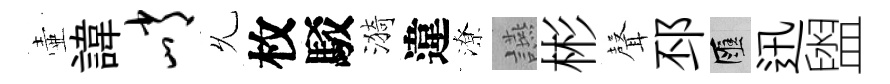
壷諱峭𠃔枚駁漪違潦讌彬𮋻邳匯迅盥